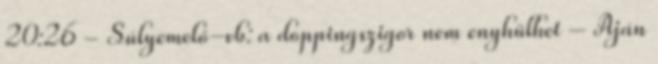
20:26 - Súlyemelő-vb: a doppingszigor nem enyhülhet – Aján